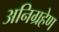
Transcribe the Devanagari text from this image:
अनिग्रहेण